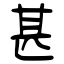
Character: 甚